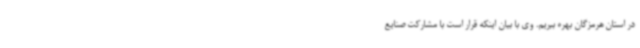
در استان هرمزگان بهره ببریم. وی با بیان اینکه قرار است با مشارکت صنایع